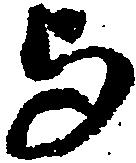
与